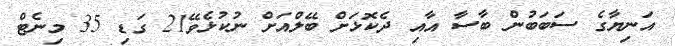
އަނިޔާގެ ސަބަބުން ބާސާ އާއި ދެކޮޅަށް ބޭލްއަށް ނުކުޅެވޭ21 ގަޑި 35 މިނެޓް